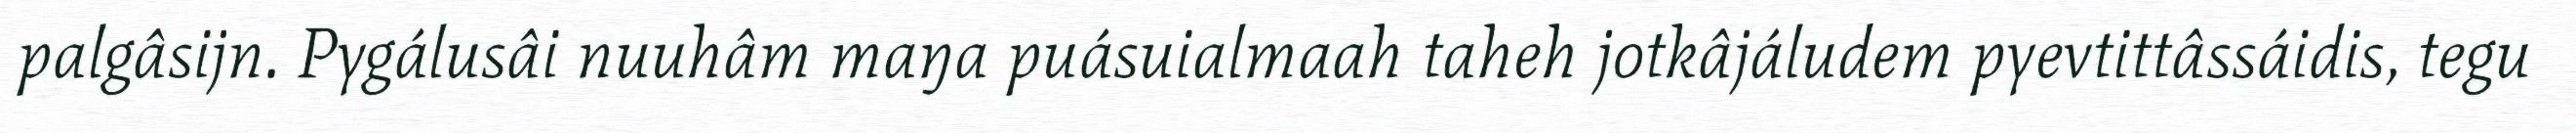
palgâsijn. Pygálusâi nuuhâm maŋa puásuialmaah taheh jotkâjáludem pyevtittâssáidis, tegu